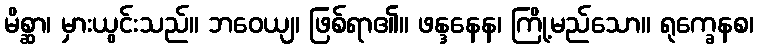
မိစ္ဆာ၊ မှားယွင်းသည်။ ဘဝေယျ၊ ဖြစ်ရာ၏။ ဖန္ဒနေန၊ ကြို့မည်သော။ ရုက္ခေနစ၊